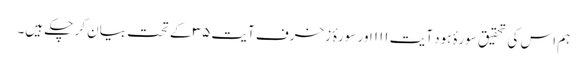
ہم اس کی تحقیق سورۂ ہود آیت ۱۱۱ اور سورۂ زخرف آیت ۳۵ کے تحت بیان کر چکے ہیں۔